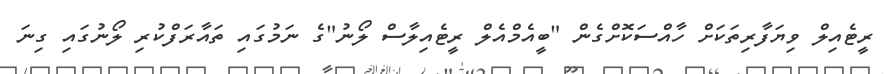
ރީޓެއިލް ވިޔަފާރިތަކަށް ހާއްސަކޮށްގެން "ބީއެމްއެލް ރީޓެއިލާސް ލޯނު"ގެ ނަމުގައި ތައާރަފްކުރި ލޯނުގައި ގިނަ